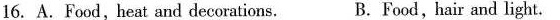
16.A.Food, heat and decorations. B.Food.hair and light.